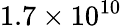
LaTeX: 1.7\times 10^{10}